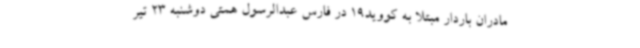
مادران باردار مبتلا به کووید19 در فارس عبدالرسول همتی دوشنبه 23 تیر